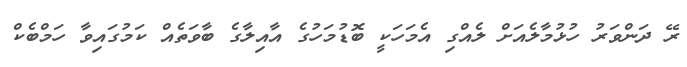
ރޭ ދަންވަރު ހުޅުމާލެއަށް ލެއްގި އެމަހަކީ ބޮޑުމަހުގެ އާއިލާގެ ބާވަތެއް ކަމުގައިވާ ހަމްބެކް